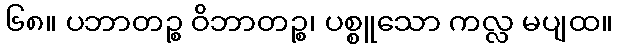
၆၈။ ပဘာတဉ္စ ဝိဘာတဉ္စ၊ ပစ္စူသော ကလ္လ မပျထ။